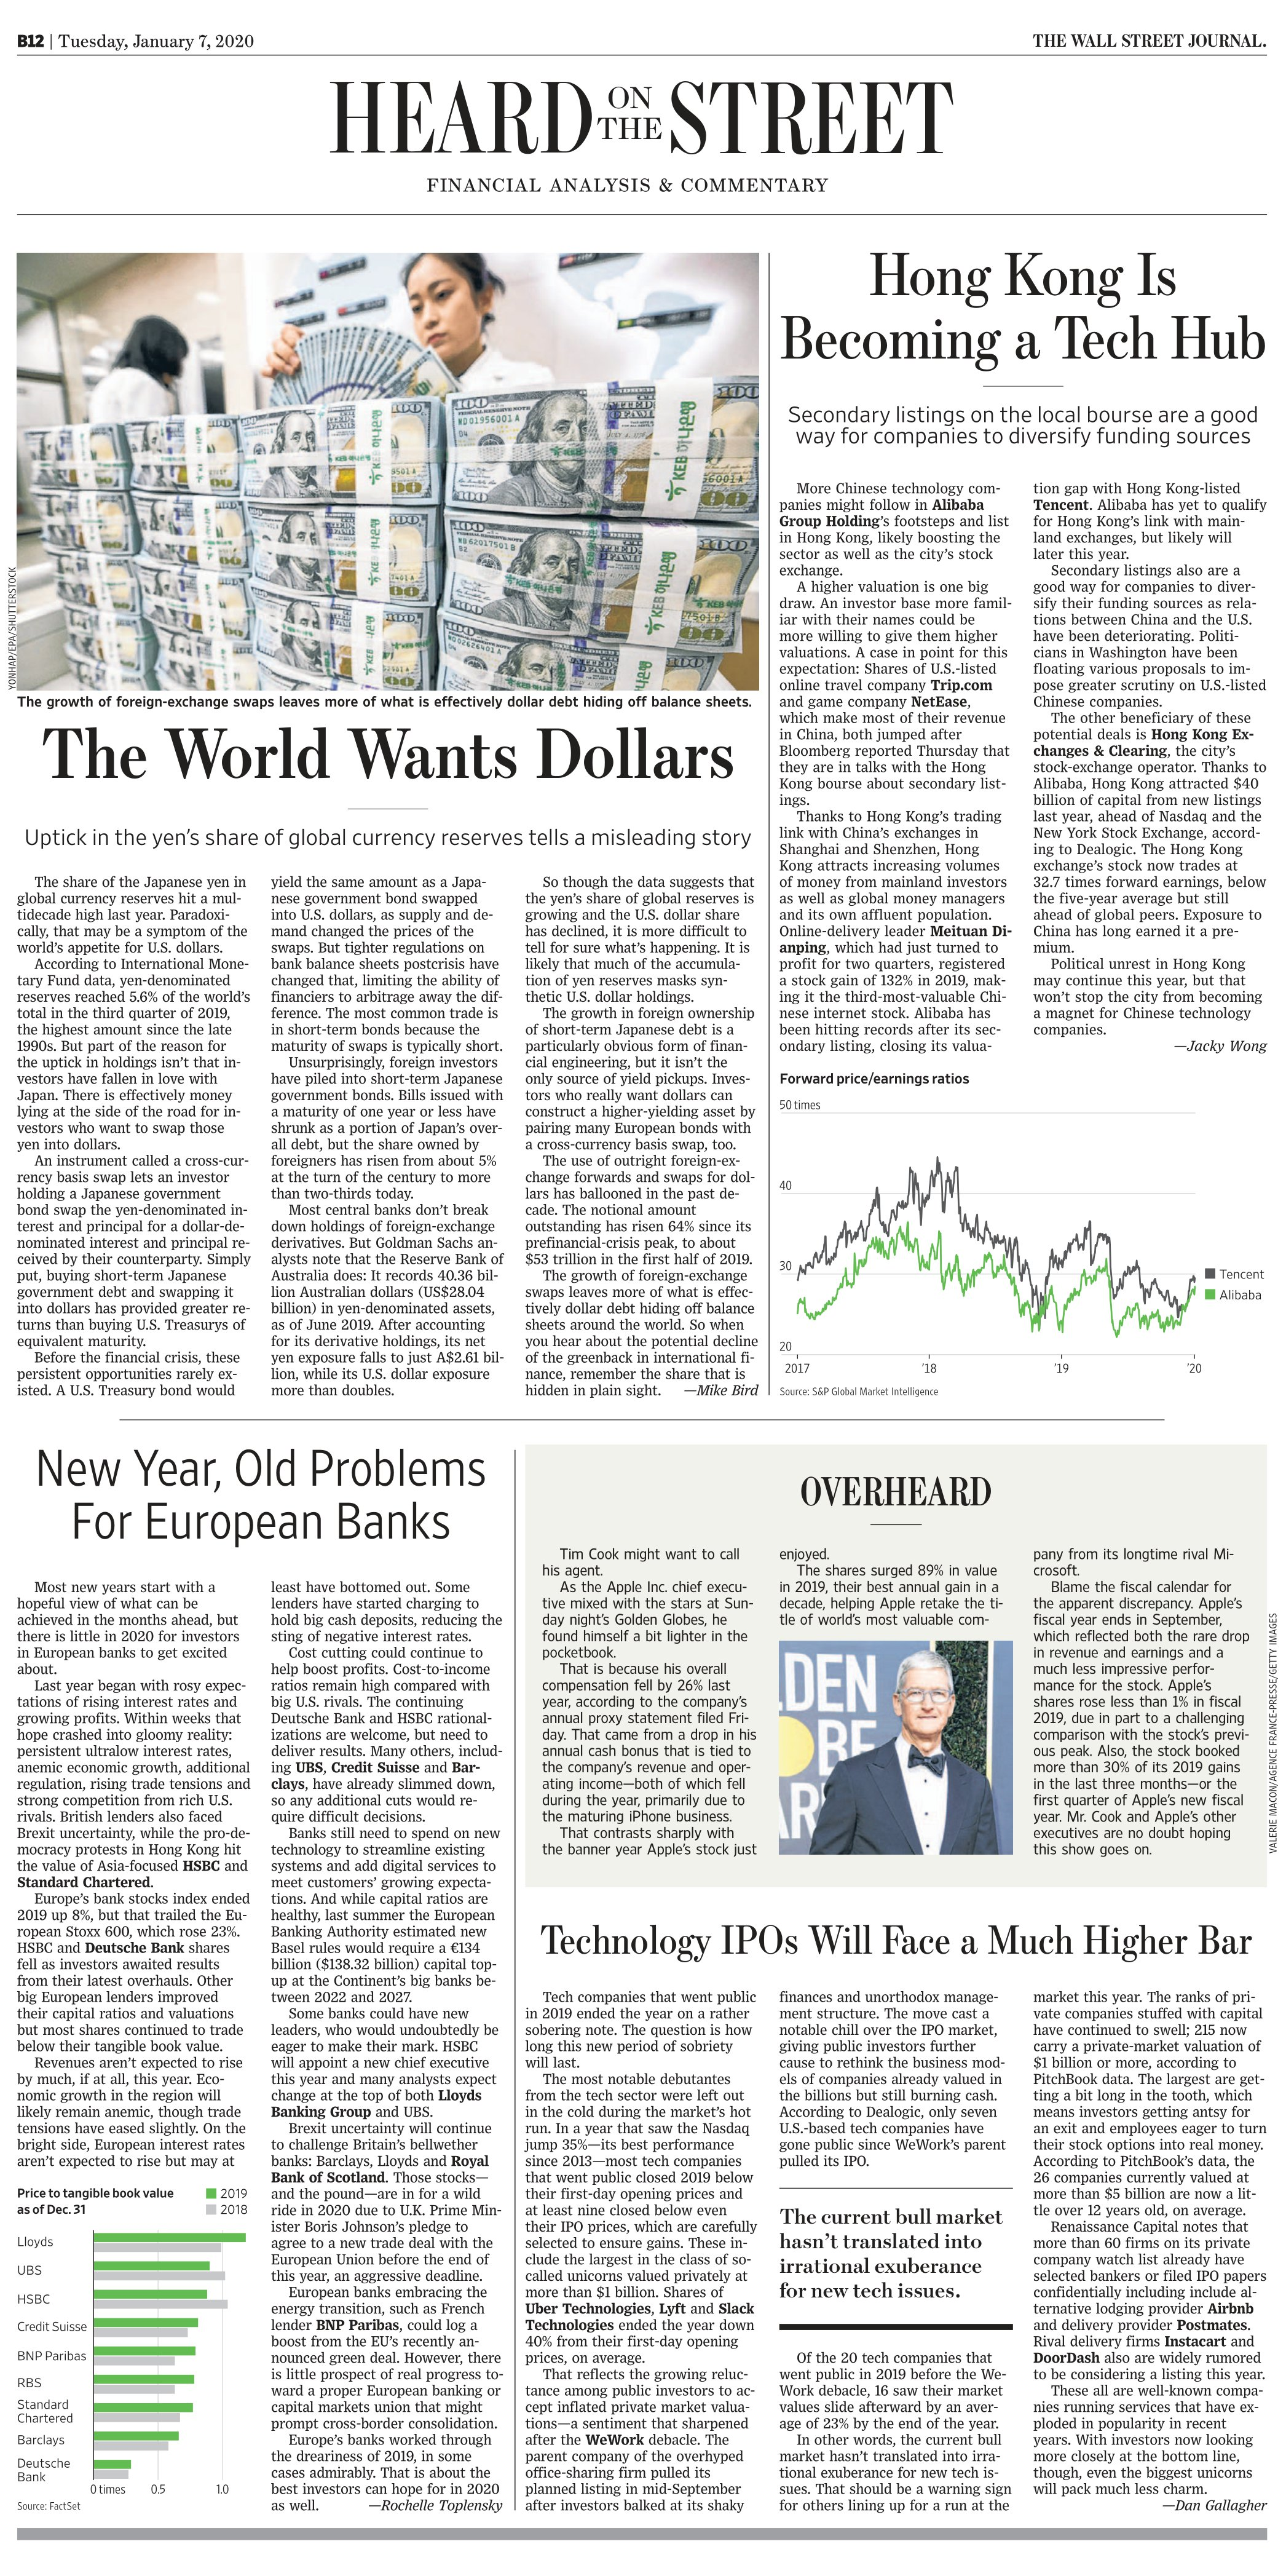
Language: en